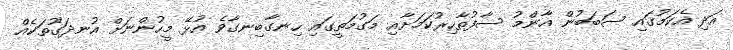
އަދި އެކަމުގައި ސަބަބުން އާންމު ސާފުތާހިރުކަމަށާއި މަގުމަތީގައި ހިނގާބިނގާވެ އުޅޭ މީހުންނަށް އުނދަގޫތަކެއް